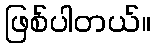
ဖြစ်ပါတယ်။